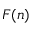
F ( n )